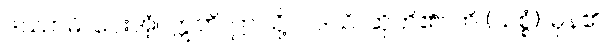
ဒဿာမိ၊ ပေးအံ့။ ဣတိ၊ ဤသို့။ ဝဒသိ၊ ဆိုဘိ၏။ ဟိ (သစ္စံ)၊ မှန်၏။